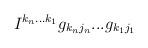
LaTeX: \begin{align*}I^{k_n ... k_1} g_{k_n j_n} ... g_{k_1 j_1}\end{align*}